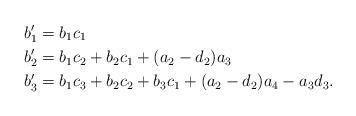
LaTeX: \begin{align*}b'_1 &= b_1c_1 \\b'_2 &= b_1c_2+b_2c_1+(a_2-d_2)a_3 \\b'_3 &= b_1c_3+b_2c_2+b_3c_1+(a_2-d_2)a_4-a_3d_3. \\\end{align*}